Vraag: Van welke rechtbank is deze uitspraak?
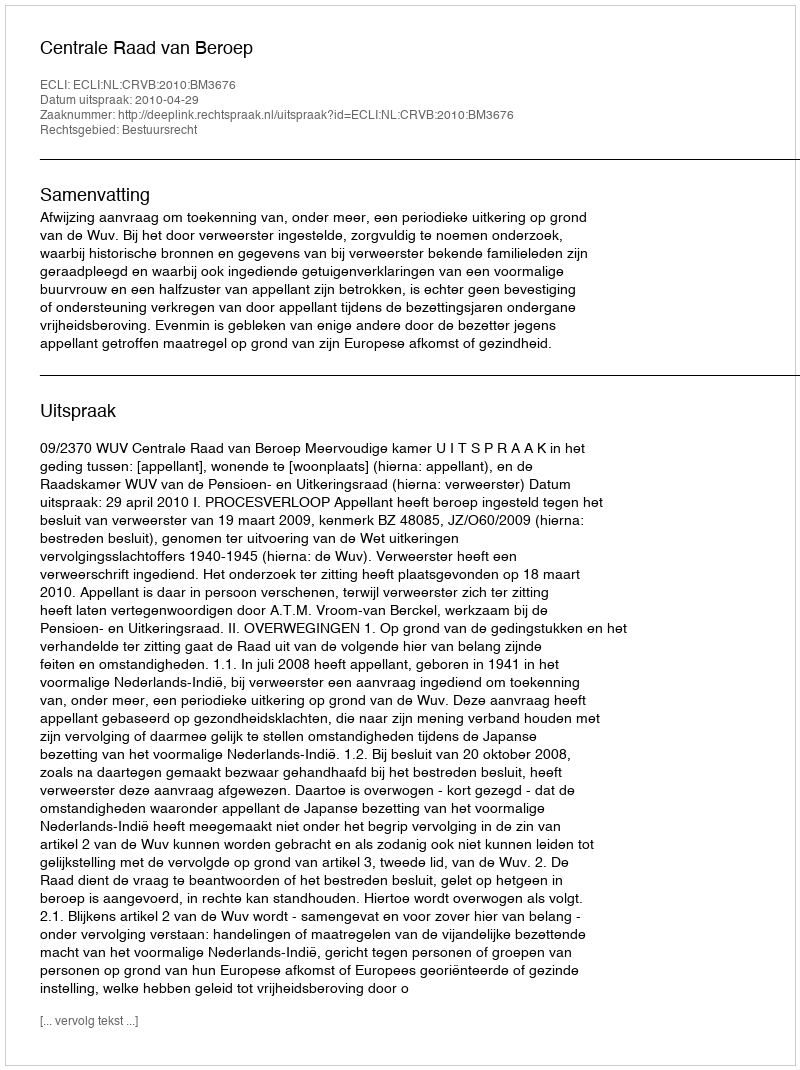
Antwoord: Centrale Raad van Beroep